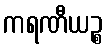
ကရဏီယဉ္စ